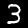
Digit: 3